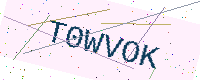
Text: T0WVOK